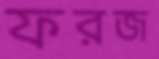
ফরজ